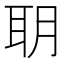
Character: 䎳